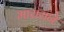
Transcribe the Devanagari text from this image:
भाराराने